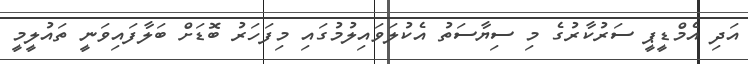
އަދި އެމްޑީޕީ ސަރުކާރުގެ މި ސިޔާސަތު އެކުލަވައިލުމުގައި މިފަހަރު ބޮޑަށް ބަލާފައިވަނީ ތައުލީމީ